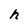
Character: h